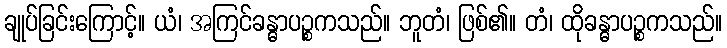
ချုပ်ခြင်းကြောင့်။ ယံ၊ အကြင်ခန္ဓာပဉ္စကသည်။ ဘူတံ၊ ဖြစ်၏။ တံ၊ ထိုခန္ဓာပဉ္စကသည်။